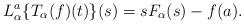
LaTeX: \begin{align*}L_\alpha ^ a \{ T_\alpha (f)(t)\}(s)= s F_\alpha(s)-f(a).\end{align*}